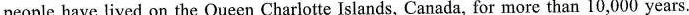
people have lived on the Queen Charlotte Islands, Canada, for more than 10,000 years.